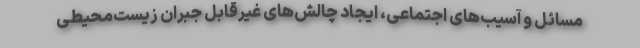
مسائل و آسیب‌های اجتماعی، ایجاد چالش‌های غیرقابل جبران زیست‌محیطی